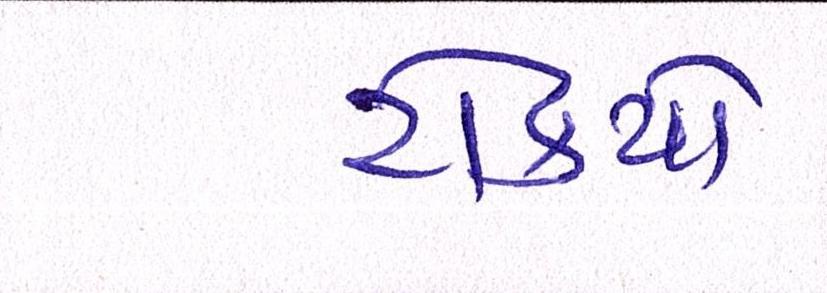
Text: ટોક્યો